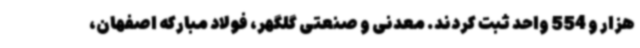
هزار و 554 واحد ثبت کردند. معدنی و صنعتی گلگهر، فولاد مبارکه اصفهان،